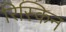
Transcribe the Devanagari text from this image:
रिस्किन